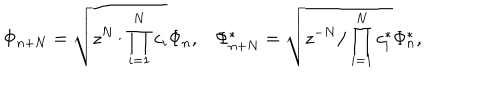
LaTeX: \Phi _ { n + N } = \sqrt { z ^ { N } / \prod _ { i = 1 } ^ { N } c _ { i } } \Phi _ { n } , \Phi _ { n + N } ^ { * } = \sqrt { z ^ { - N } / \prod _ { i = 1 } ^ { N } c _ { i } ^ { * } } \Phi _ { n } ^ { * } ,